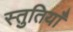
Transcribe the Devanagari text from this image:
स्‍तुतियाँ